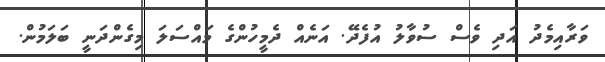
ވަރާއިމެދު އަދި ވެސް ސުވާލު އުފެދޭ. އަނެއް ދެމީހުންގެ މައްސަލަ މިގެންދަނީ ބަލަމުން.